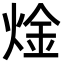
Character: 𬊝